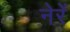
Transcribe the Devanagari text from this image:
नेरें